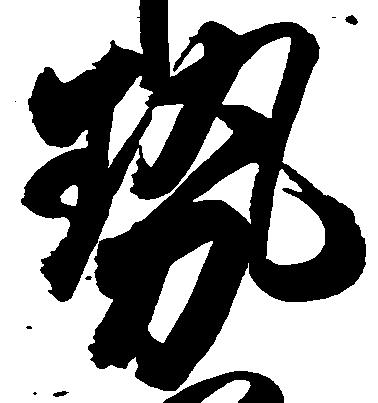
勢